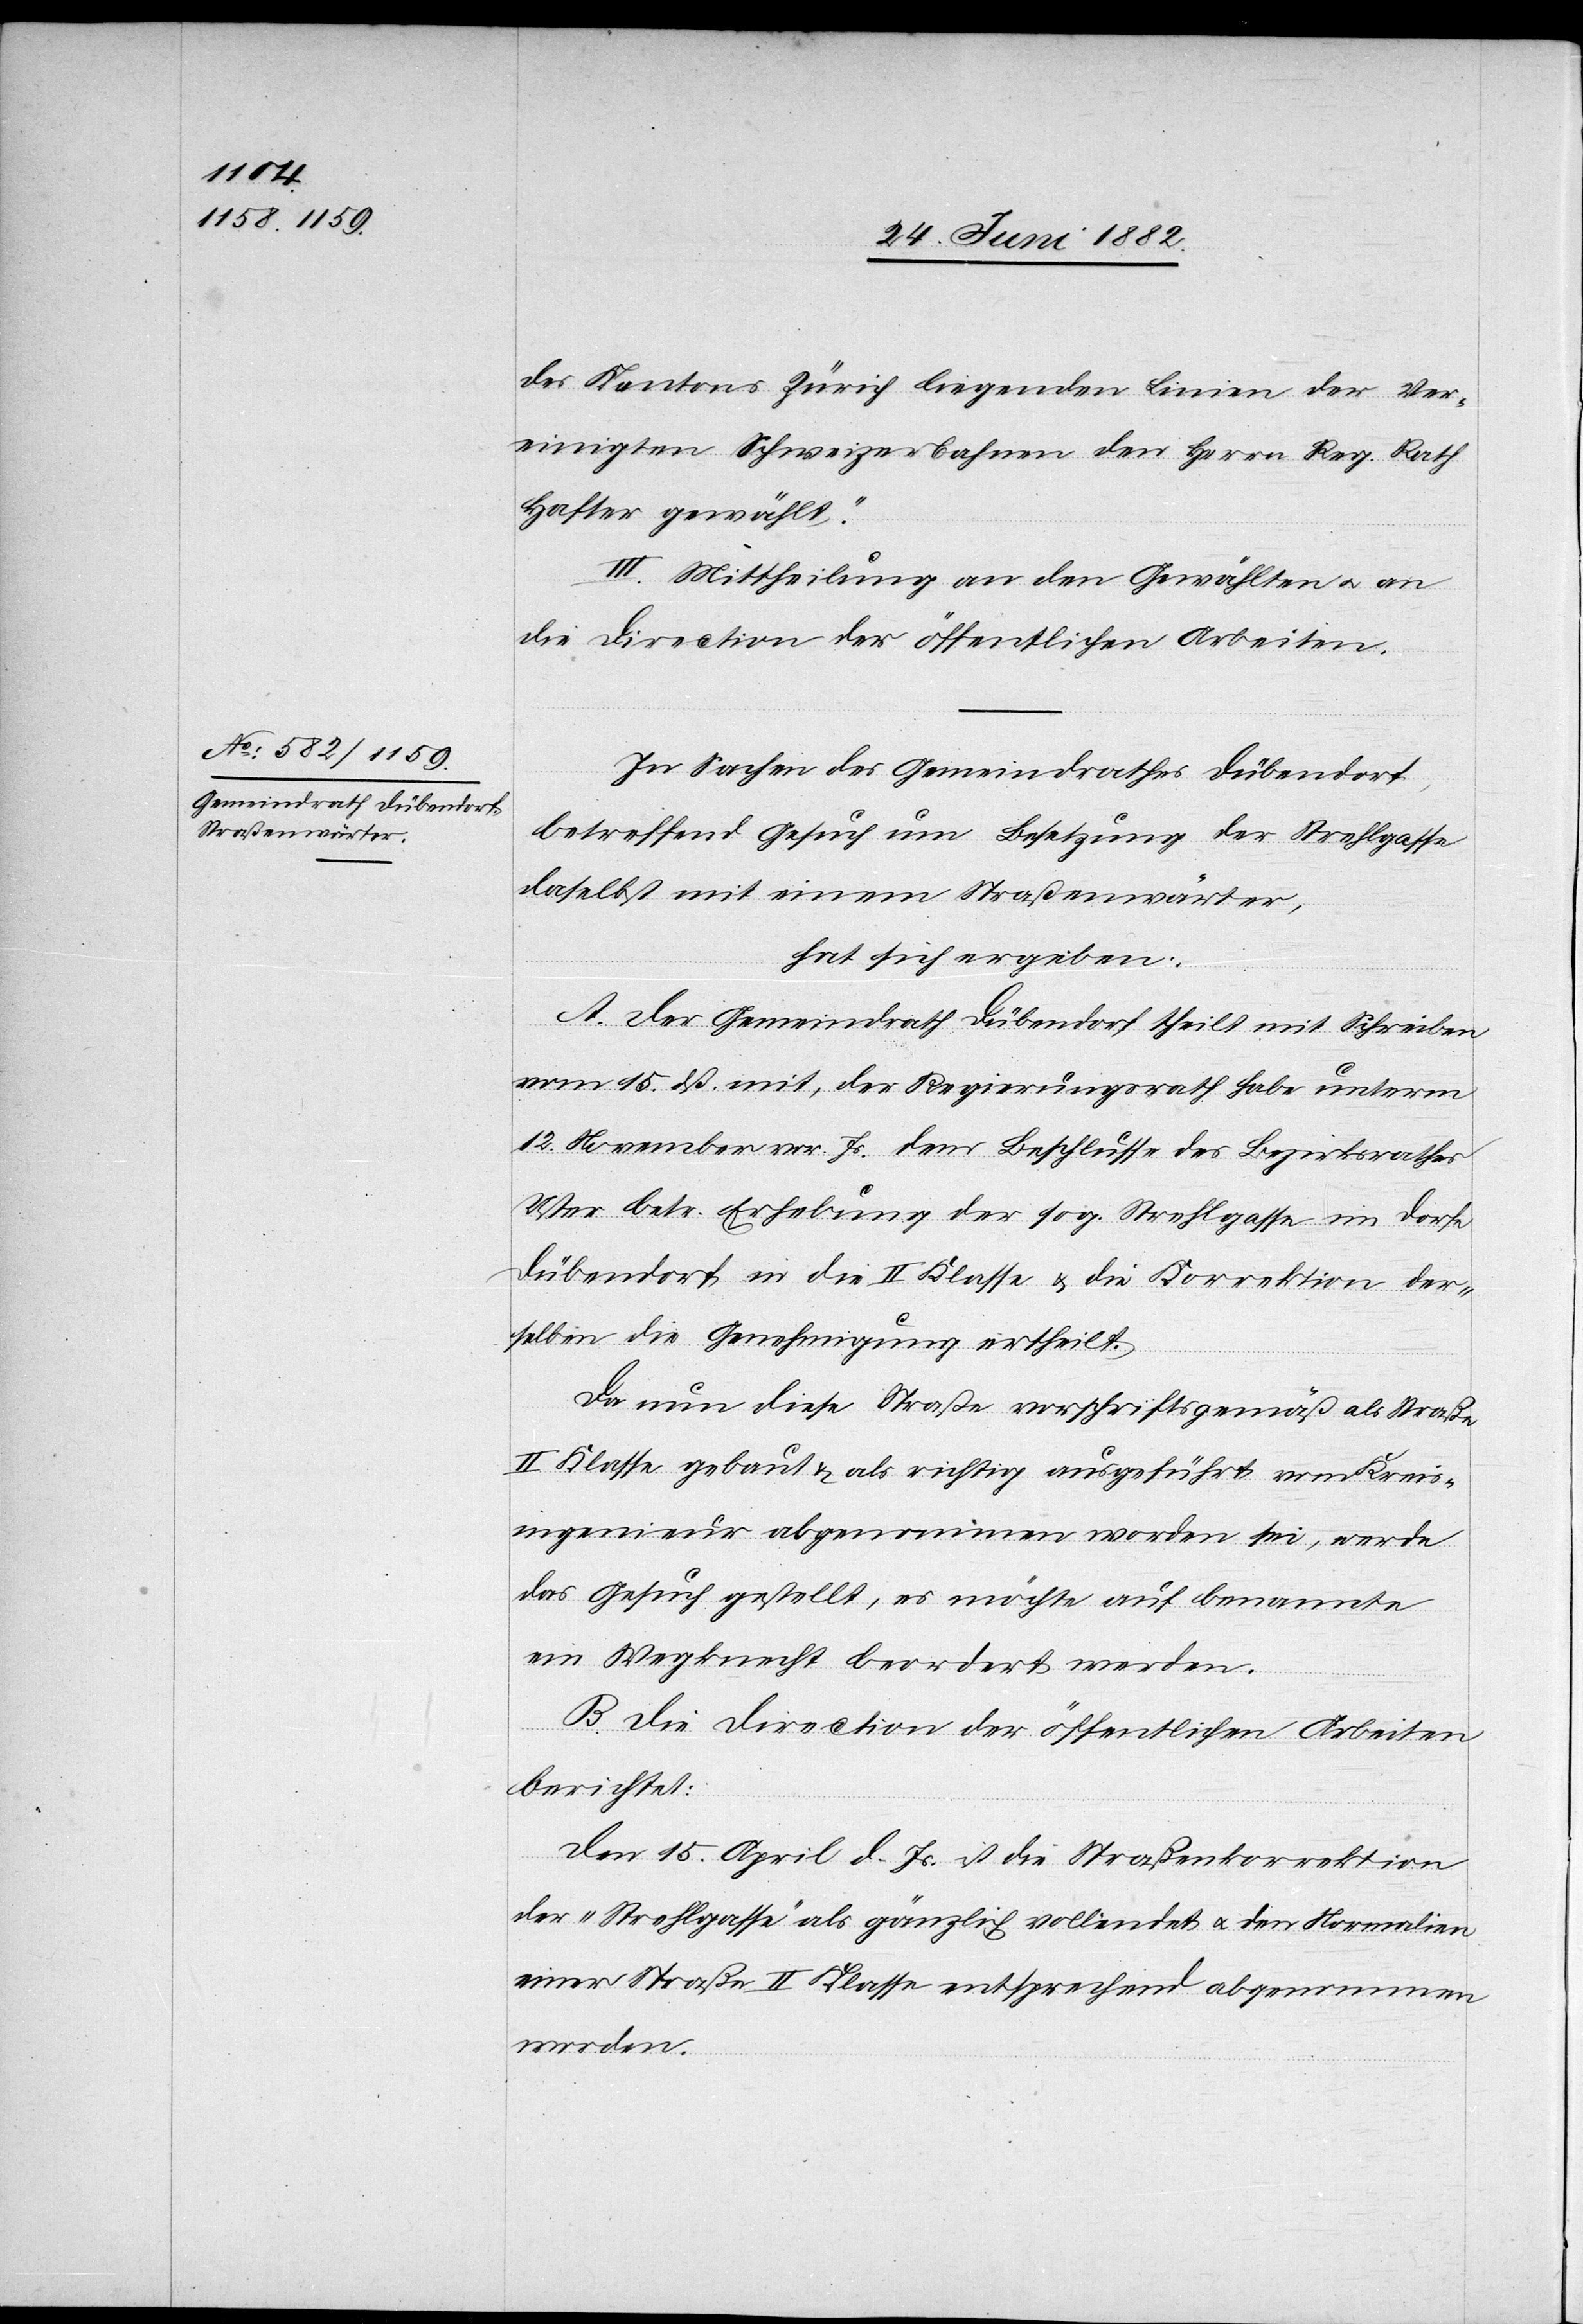
des Kantons Zürich liegenden Linien der Ver¬
einigten Schweizerbahnen den Herrn Reg. Rath
Hafter gewählt.“
III. Mittheilung an den Gewählten u. an
die Direction der öffentlichen Arbeiten.
In Sachen des Gemeindrathes Dübendorf,
betreffend Gesuch um Besetzung der Strehlgasse
daselbst mit einem Straßenwärter,
hat sich ergeben:
A. Der Gemeindrath Dübendorf theilt mit Schreiben
vom 15. dß. mit, der Regierungsrath habe unterm
12. November vor. Js. dem Beschlusse des Bezirksrathes
Uster betr. Erhebung der sog. Strehlgasse im Dorfe
Dübendorf in die II. Klasse & die Korrektion der¬
selben die Genehmigung ertheilt.
Da nun diese Straße vorschriftsgemäß als Straße
II. Klasse gebaut & als richtig ausgeführt vom Kreis¬
ingenieur abgenommen worden sei, werde
das Gesuch gestellt, es möchte auf benannte
ein Wegknecht beordert werden.
B. Die Direction der öffentlichen Arbeiten
berichtet:
Den 15. April d. Js. ist die Straßenkorrektion
der „Strehlgasse“ als gänzlich vollendet u. den Normalien
einer Straße II. Klasse entsprechend abgenommen
worden.